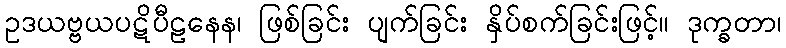
ဥဒယဗ္ဗယပဋိပီဠနေန၊ ဖြစ်ခြင်း ပျက်ခြင်း နှိပ်စက်ခြင်းဖြင့်။ ဒုက္ခတာ၊